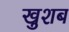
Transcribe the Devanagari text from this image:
खुशब